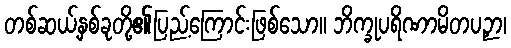
တစ်ဆယ့်နှစ်ခုတို့၏ပြည့်ကြောင်းဖြစ်သော။ ဘိက္ခုပရိဏာမိတပဉှာ၊